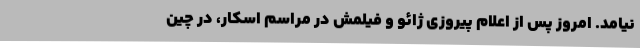
نیامد. امروز پس از اعلام پیروزی ژائو و فیلمش در مراسم اسکار، در چین